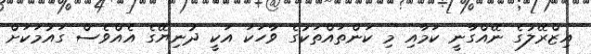
އިޒްރޭލުގެ ނޭއްގާނީ ކަމާއި މި ކަންތައްތަކުގެ ވާހަކަ އަކީ ދުނިޔޭގެ އެއްވެސް ގައުމަކަށް